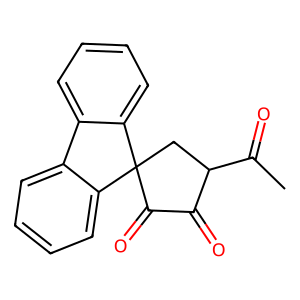
SMILES: CC(=O)C1CC2(C(=O)C1=O)c1ccccc1-c1ccccc12
Inhibits HIV replication: No